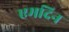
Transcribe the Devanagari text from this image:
एमदिन